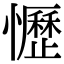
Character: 𢤩